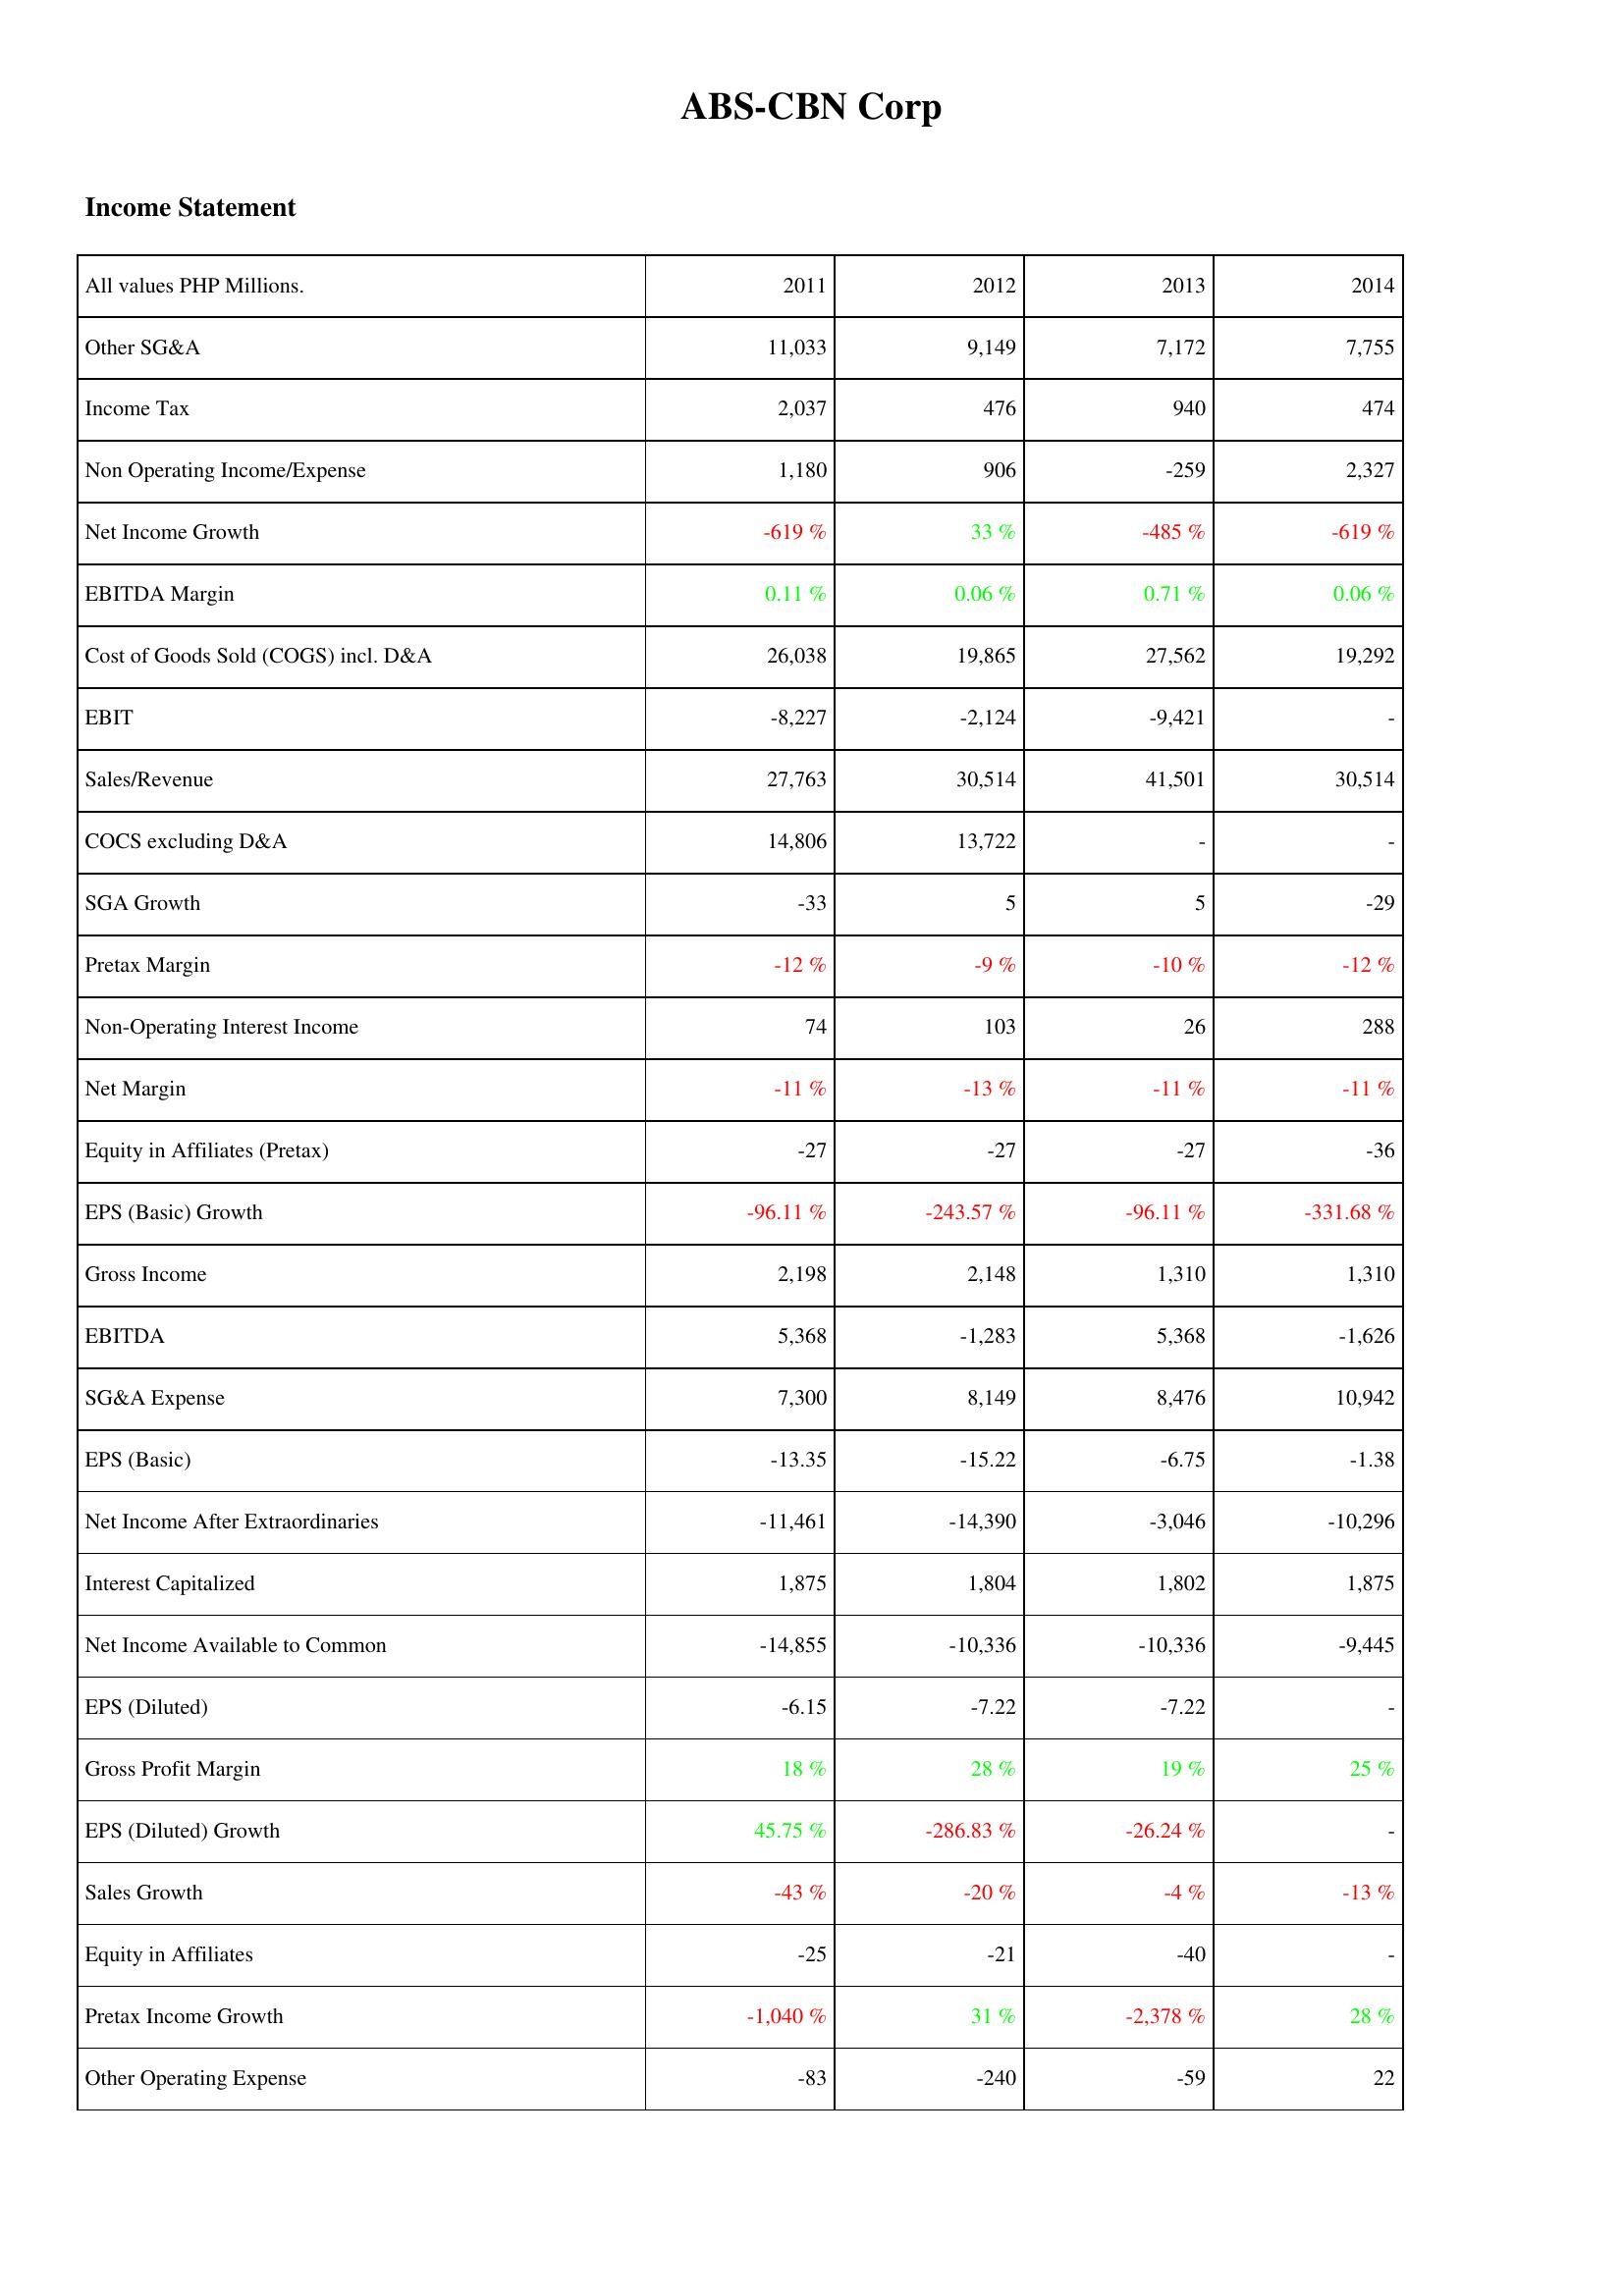
2011: Income Statement: Other SG&A: 11,033
Income Tax: 2,037
Non Operating Income/Expense: 1,180
Net Income Growth: -619 %
EBITDA Margin: 0.11 %
Cost of Goods Sold (COGS) incl. D&A: 26,038
EBIT: -8,227
Sales/Revenue: 27,763
COCS excluding D&A: 14,806
SGA Growth: -33
Pretax Margin: -12 %
Non-Operating Interest Income: 74
Net Margin: -11 %
Equity in Affiliates (Pretax): -27
EPS (Basic) Growth: -96.11 %
Gross Income: 2,198
EBITDA: 5,368
SG&A Expense: 7,300
EPS (Basic): -13.35
Net Income After Extraordinaries: -11,461
Interest Capitalized: 1,875
Net Income Available to Common: -14,855
EPS (Diluted): -6.15
Gross Profit Margin: 18 %
EPS (Diluted) Growth: 45.75 %
Sales Growth: -43 %
Equity in Affiliates: -25
Pretax Income Growth: -1,040 %
Other Operating Expense: -83
2012: Income Statement: Other SG&A: 9,149
Income Tax: 476
Non Operating Income/Expense: 906
Net Income Growth: 33 %
EBITDA Margin: 0.06 %
Cost of Goods Sold (COGS) incl. D&A: 19,865
EBIT: -2,124
Sales/Revenue: 30,514
COCS excluding D&A: 13,722
SGA Growth: 5
Pretax Margin: -9 %
Non-Operating Interest Income: 103
Net Margin: -13 %
Equity in Affiliates (Pretax): -27
EPS (Basic) Growth: -243.57 %
Gross Income: 2,148
EBITDA: -1,283
SG&A Expense: 8,149
EPS (Basic): -15.22
Net Income After Extraordinaries: -14,390
Interest Capitalized: 1,804
Net Income Available to Common: -10,336
EPS (Diluted): -7.22
Gross Profit Margin: 28 %
EPS (Diluted) Growth: -286.83 %
Sales Growth: -20 %
Equity in Affiliates: -21
Pretax Income Growth: 31 %
Other Operating Expense: -240
2013: Income Statement: Other SG&A: 7,172
Income Tax: 940
Non Operating Income/Expense: -259
Net Income Growth: -485 %
EBITDA Margin: 0.71 %
Cost of Goods Sold (COGS) incl. D&A: 27,562
EBIT: -9,421
Sales/Revenue: 41,501
COCS excluding D&A: -
SGA Growth: 5
Pretax Margin: -10 %
Non-Operating Interest Income: 26
Net Margin: -11 %
Equity in Affiliates (Pretax): -27
EPS (Basic) Growth: -96.11 %
Gross Income: 1,310
EBITDA: 5,368
SG&A Expense: 8,476
EPS (Basic): -6.75
Net Income After Extraordinaries: -3,046
Interest Capitalized: 1,802
Net Income Available to Common: -10,336
EPS (Diluted): -7.22
Gross Profit Margin: 19 %
EPS (Diluted) Growth: -26.24 %
Sales Growth: -4 %
Equity in Affiliates: -40
Pretax Income Growth: -2,378 %
Other Operating Expense: -59
2014: Income Statement: Other SG&A: 7,755
Income Tax: 474
Non Operating Income/Expense: 2,327
Net Income Growth: -619 %
EBITDA Margin: 0.06 %
Cost of Goods Sold (COGS) incl. D&A: 19,292
EBIT: -
Sales/Revenue: 30,514
COCS excluding D&A: -
SGA Growth: -29
Pretax Margin: -12 %
Non-Operating Interest Income: 288
Net Margin: -11 %
Equity in Affiliates (Pretax): -36
EPS (Basic) Growth: -331.68 %
Gross Income: 1,310
EBITDA: -1,626
SG&A Expense: 10,942
EPS (Basic): -1.38
Net Income After Extraordinaries: -10,296
Interest Capitalized: 1,875
Net Income Available to Common: -9,445
EPS (Diluted): -
Gross Profit Margin: 25 %
EPS (Diluted) Growth: -
Sales Growth: -13 %
Equity in Affiliates: -
Pretax Income Growth: 28 %
Other Operating Expense: 22